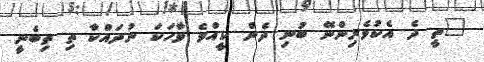
"ތީ ދެ އެކުވެރިންނޭ ބުނި ދެން ކީއްވެ ވާހަކަ ނުދައްކާ ތި ތިބެނީ